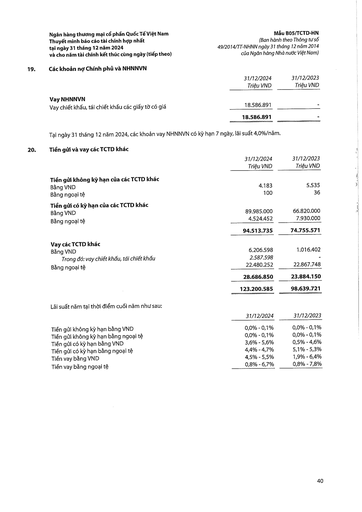
||31/12/2024 Triệu VND|31/12/2023 Triệu VND| |---|---|---| |Vay NHNNVN||| |Vay chiết khấu, tái chiết khấu các giấy tờ có giá|18.586.891|-| ||18.586.891|-| ||31/12/2024 Triệu VND|31/12/2023 Triệu VND| |---|---|---| |Tiền gửi không kỳ hạn của các TCTD khác||| |Bằng VND|4.183|5.535| |Bằng ngoại tệ|100|36| |Tiền gửi có kỳ hạn của các TCTD khác||| |Bằng VND|89.985.000|66.820.000| |Bằng ngoại tệ|4.524.452|7.930.000| ||94.513.735|74.755.571| |Vay các TCTD khác||| |Bằng VND|6.206.598|1.016.402| |Trong đó: vay chiết khấu, tái chiết khấu|2.587.598|-| |Bằng ngoại tệ|22.480.252|22.867.748| ||28.686.850|23.884.150| ||123.200.585|98.639.721| ||31/12/2024|31/12/2023| |---|---|---| |Tiền gửi không kỳ hạn bằng VND|0,0% 0,1%|0,0% 0,1%| |Tiền gửi không kỳ hạn bằng ngoại tệ|0,0% 0,1%|0,0% 0,1%| |Tiền gửi có kỳ hạn bằng VND|3,6% 5,6%|0,5% 4,6%| |Tiền gửi có kỳ hạn bằng ngoại tệ|4,4% 4,7%|5,1% 5,3%| |Tiền vay bằng VND|4,5% 5,5%|1,9% 6,4%| |Tiền vay bằng ngoại tệ|0,8% 6,7%|0,8% 7,8%|